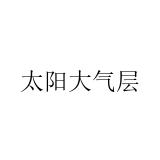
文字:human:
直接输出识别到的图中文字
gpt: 太阳大气层